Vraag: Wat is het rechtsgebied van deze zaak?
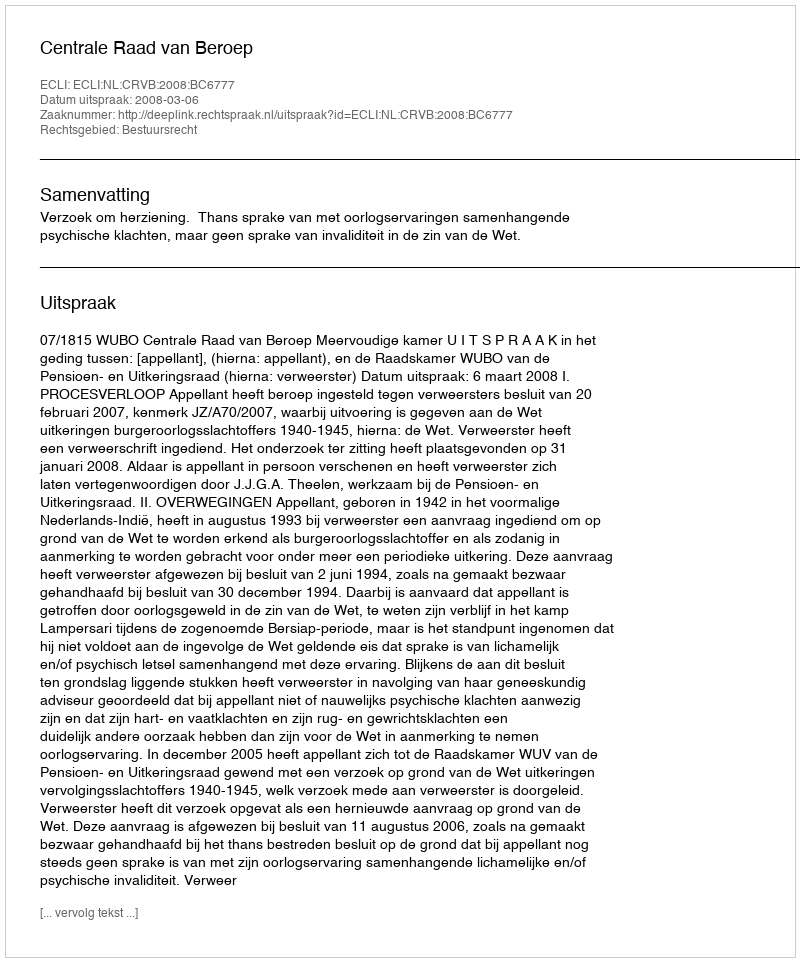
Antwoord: Bestuursrecht